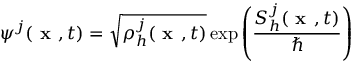
\psi ^ { j } ( \textbf { x } , t ) = \sqrt { \rho _ { h } ^ { j } ( \textbf { x } , t ) } \exp \left( \frac { S _ { h } ^ { j } ( \textbf { x } , t ) } { \hbar } \right)